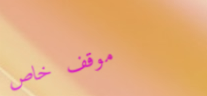
موقف خاص